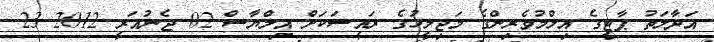
އަދާލަތު ޕާޓީގެ އިލްމުވެރިންގެ މަޖިލީހުގެ ރައީސަކަށް އިލްޔާސް 02 ޖެނުއަރީ 2012 23